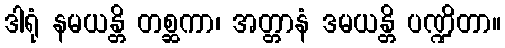
ဒါရုံ နမယန္တိ တစ္ဆကာ၊ အတ္တာနံ ဒမယန္တိ ပဏ္ဍိတာ။